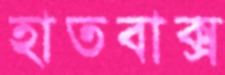
হাতবাক্স